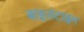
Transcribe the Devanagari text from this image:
बाइज़ंटाइन